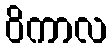
ဝိကာလ